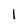
Character: l